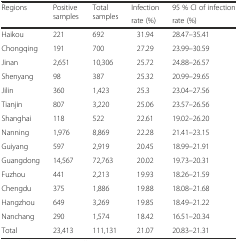
| <ROWSPAN=2> Regions | <ROWSPAN=2> Positive samples | <ROWSPAN=2> Total samples | Infection | 95 % CI of infection |
 | rate (%) | rate (%) |
 | --- | --- | --- | --- | --- |
 | Haikou | 221 | 692 | 31.94 | 28.47–35.41 |
 | Chongqing | 191 | 700 | 27.29 | 23.99–30.59 |
 | Jinan | 2,651 | 10,306 | 25.72 | 24.88–26.57 |
 | Shenyang | 98 | 387 | 25.32 | 20.99–29.65 |
 | Jilin | 360 | 1,423 | 25.3 | 23.04–27.56 |
 | Tianjin | 807 | 3,220 | 25.06 | 23.57–26.56 |
 | Shanghai | 118 | 522 | 22.61 | 19.02–26.20 |
 | Nanning | 1,976 | 8,869 | 22.28 | 21.41–23.15 |
 | Guiyang | 597 | 2,919 | 20.45 | 18.99–21.91 |
 | Guangdong | 14,567 | 72,763 | 20.02 | 19.73–20.31 |
 | Fuzhou | 441 | 2,213 | 19.93 | 18.26–21.59 |
 | Chengdu | 375 | 1,886 | 19.88 | 18.08–21.68 |
 | Hangzhou | 649 | 3,269 | 19.85 | 18.49–21.22 |
 | Nanchang | 290 | 1,574 | 18.42 | 16.51–20.34 |
 | Total | 23,413 | 111,131 | 21.07 | 20.83–21.31 |